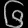
Digit: ၆